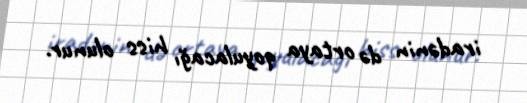
iradənin də ortaya qoyulacağı hiss olunur.